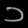
Digit: ၁